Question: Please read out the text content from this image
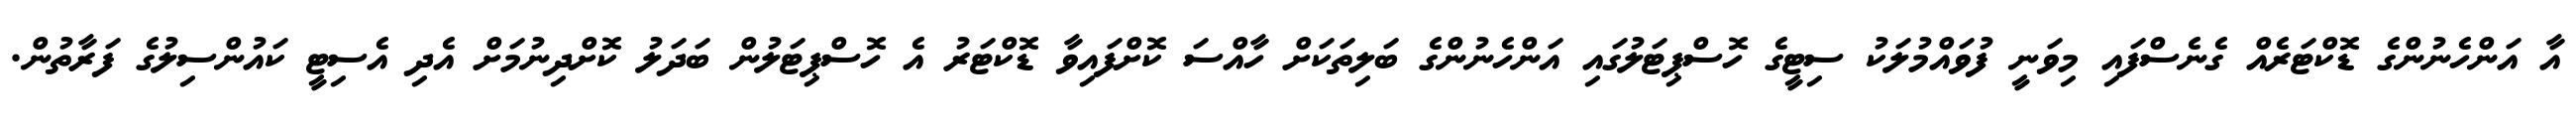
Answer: އާ އަންހެނުންގެ ޑޮކްޓަރެއް ގެނެސްފައި މިވަނީ ފުވައްމުލަކު ސިޓީގެ ހޮސްޕިޓަލުގައި އަންހެނުންގެ ބަލިތަކަށް ހާއްސަ ކޮށްފައިވާ ޑޮކްޓަރު އެ ހޮސްޕިޓަލުން ބަދަލު ކޮށްދިނުމަށް އެދި އެސިޓީ ކައުންސިލުގެ ފަރާތުން.